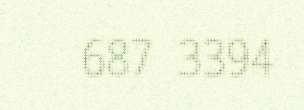
687 3394